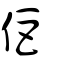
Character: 佢